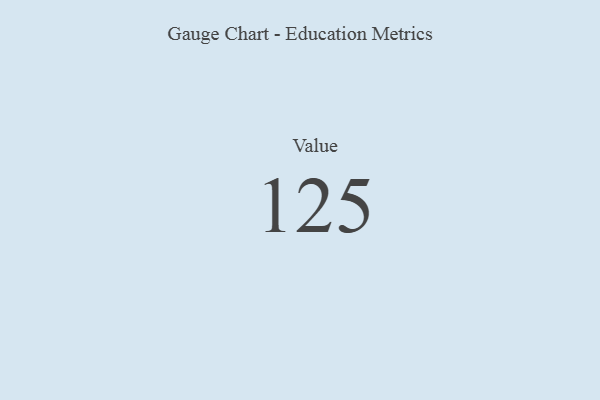
{"axis": {"x": "Metric", "y": "Value"}, "legend": [""], "data": [{"x": "Value", "y": 125, "type": ""}]}